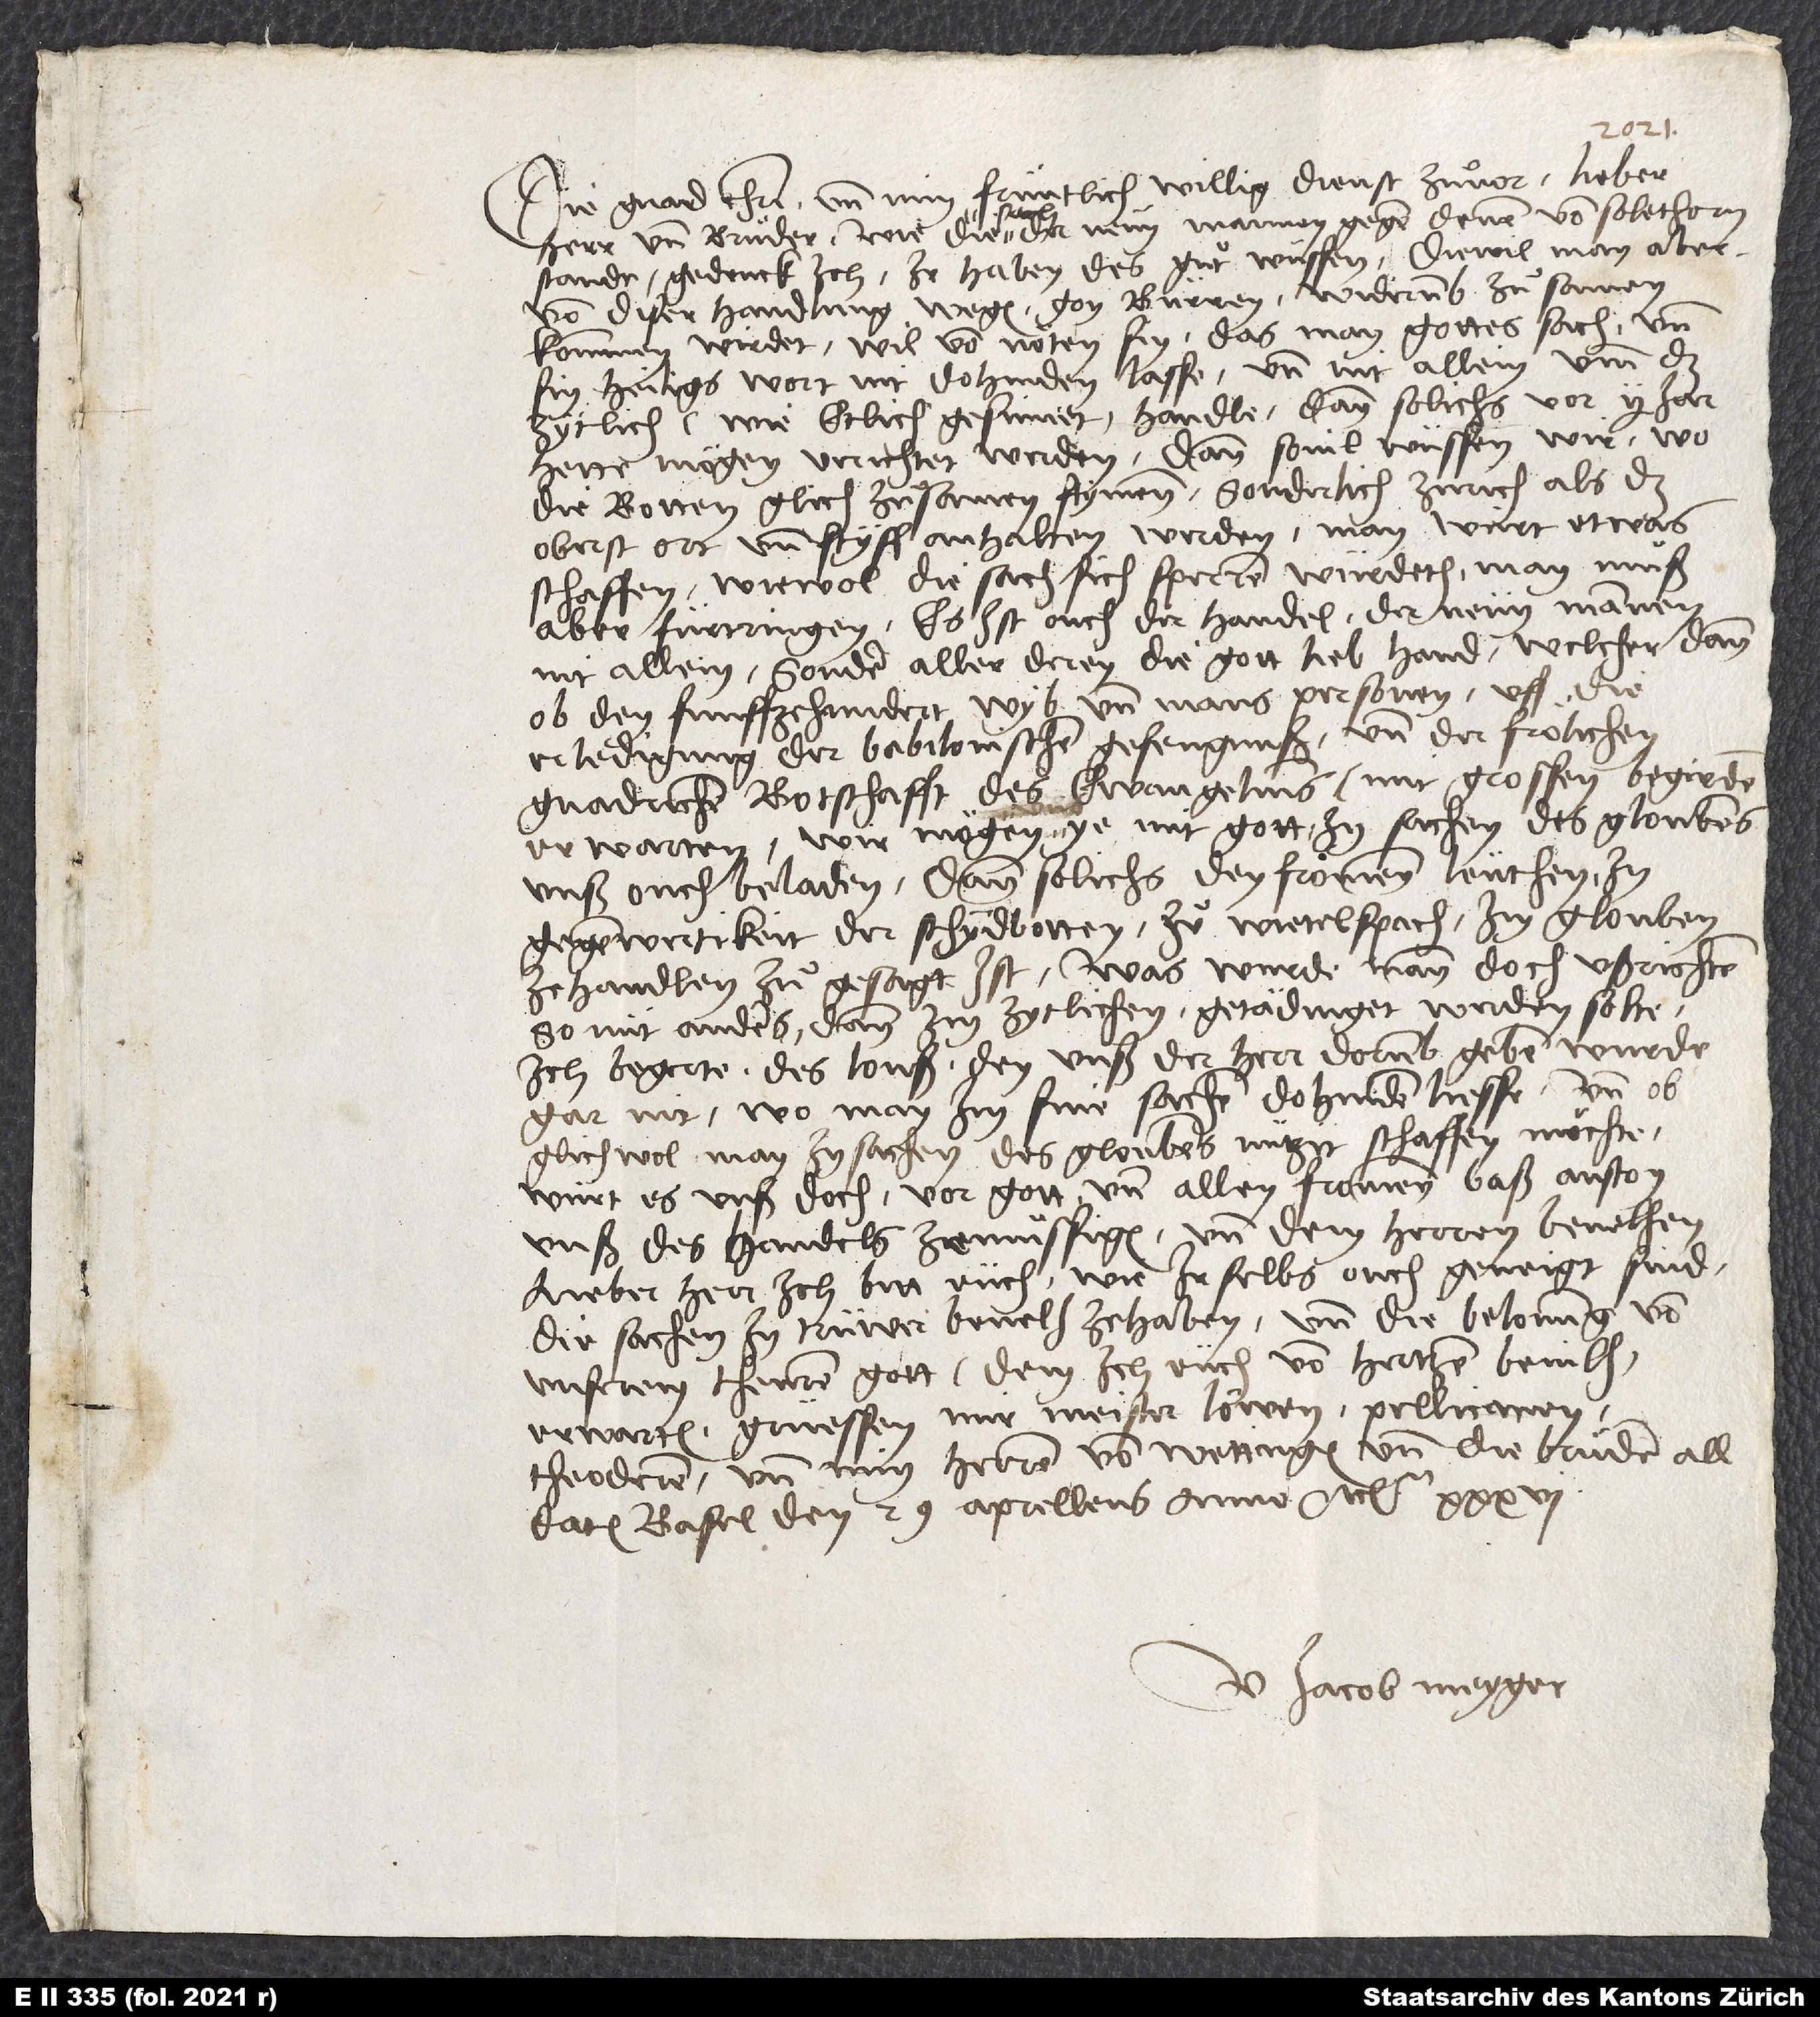
Die gnad Christi und min früntlich, willig dienst zuͦvor. Lieber
herr und bruͦder, wie die sach der neün mannen gegen denen von Solethorn
stande, gedenck ich, ir haben des guͦt wüssen. Diewil man aber
von diser handlung wegen gon Bürren widerumb zuͦsamen
kommen wirdet, wil von nöten sin, das man gottes sach und
sin heiligs wort nit dohinden lasse und nit allein umm das
zytlich (wie etlich gesinnet) handle, dann solichs vor 2 jar
hette mögen verrichtet werden. Dann sovil wüssen wir, wo
die botten glich zuͦsamen stymmen, sonderlich Zürich als das
oberst ort und styff anhalten werden, man wirt etwas
schaffen, wiewol die sach sich sperren würdeth: man muͦß
aber fürtringen. Es ist ouch der handel der neün mannen
nit allein, sonder aller deren, die gott lieb hand, welcher dann
ob den funffzehundert wyb und mans personen, uff die
erledigung der babilonischen gefengnuß und der frölichen,
gnadrichen botschafft des ewangeliums mit großen begirden
erwarten. Wir mögen ye mit gott in sachen des gloubens
unß ouch beladen; dann solichs den frommen leüthen in
gegenwirtikeit der schydbotten zd Wietelspach, im glouben
ze handlen, zuͦgesagt ist. Was wurde man doch ußrichten,
so nüt anders dann im zytlichen getädinget werden solte?
Ich begerte des lonss, den unß der herr dorumb geben wurde,
gar nit, wo man im sine sachen dohinden liesse. Und ob
glichwol man in sachen des gloubens nützit schaffen möchte,
wurt es unß doch vor gott und allen frommen baß anston,
unß des handels ze muͤssigen und dem herren bevelhen.
Lieber herr, ich bitt eüch, wie ir selbs ouch geneigt sind,
die sachen in trüwer befelh ze haben und die belonung von
unserem theuren gott, dem ich eüch von hertzen bevilh,
erwarten. Grüessen mir Meister Löwen, Pellicanen,
Theoderen und min herren von Wettingen und die bruͤder all.
Datum Basel, den 29. aprellens anno etc.
U Jacob Meyger.